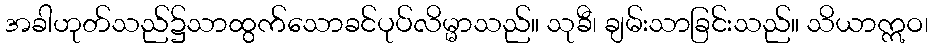
အခါဟုတ်သည်၌သာထွက်သောခင်ပုပ်လိမ္မာသည်။ သုခီ၊ ချမ်းသာခြင်းသည်။ သိယာဣဝ၊